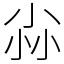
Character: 尛